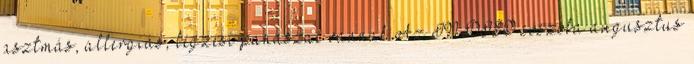
asztmás, allergiás, légzési panaszai vannak Az INDISO sószoba augusztus